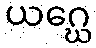
ယဂ္ဃေ